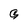
Character: G